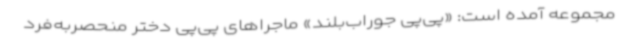
مجموعه آمده است: «پی‌پی جوراب‌بلند» ماجراهای پی‌پی دختر منحصربه‌فرد